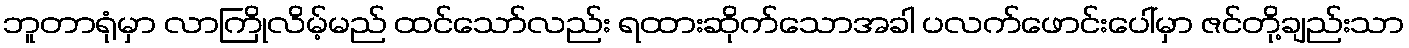
ဘူတာရုံမှာ လာကြိုလိမ့်မည် ထင်သော်လည်း ရထားဆိုက်သောအခါ ပလက်ဖောင်းပေါ်မှာ ဇင်တို့ချည်းသာ